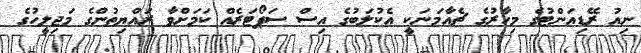
ނިއު ރޭޑިއަންޓުގެ މިހާރުގެ ޗެއާމަނަކީ އެކުލަބުގެ އިސް ސަޕޯޓަރެއް ކަމަށްވާ ރައްޔިތުންގެ މަޖިލީހުގެ